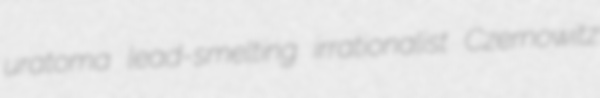
uratoma lead-smelting irrationalist Czernowitz